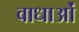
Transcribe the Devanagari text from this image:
वाधाओं